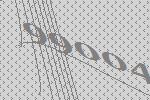
99004